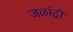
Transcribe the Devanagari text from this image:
जळांद्री